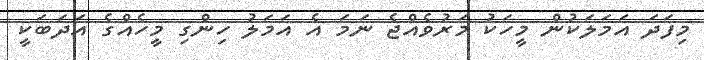
މިފަދަ އަމަލަކުން މީހަކު މަރުވެއްޖެ ނަމަ އެ އަމަލު ހިންގި މީހެއްގެ އަދަބަކީ